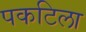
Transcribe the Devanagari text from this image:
पकटिला